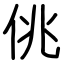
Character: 佻